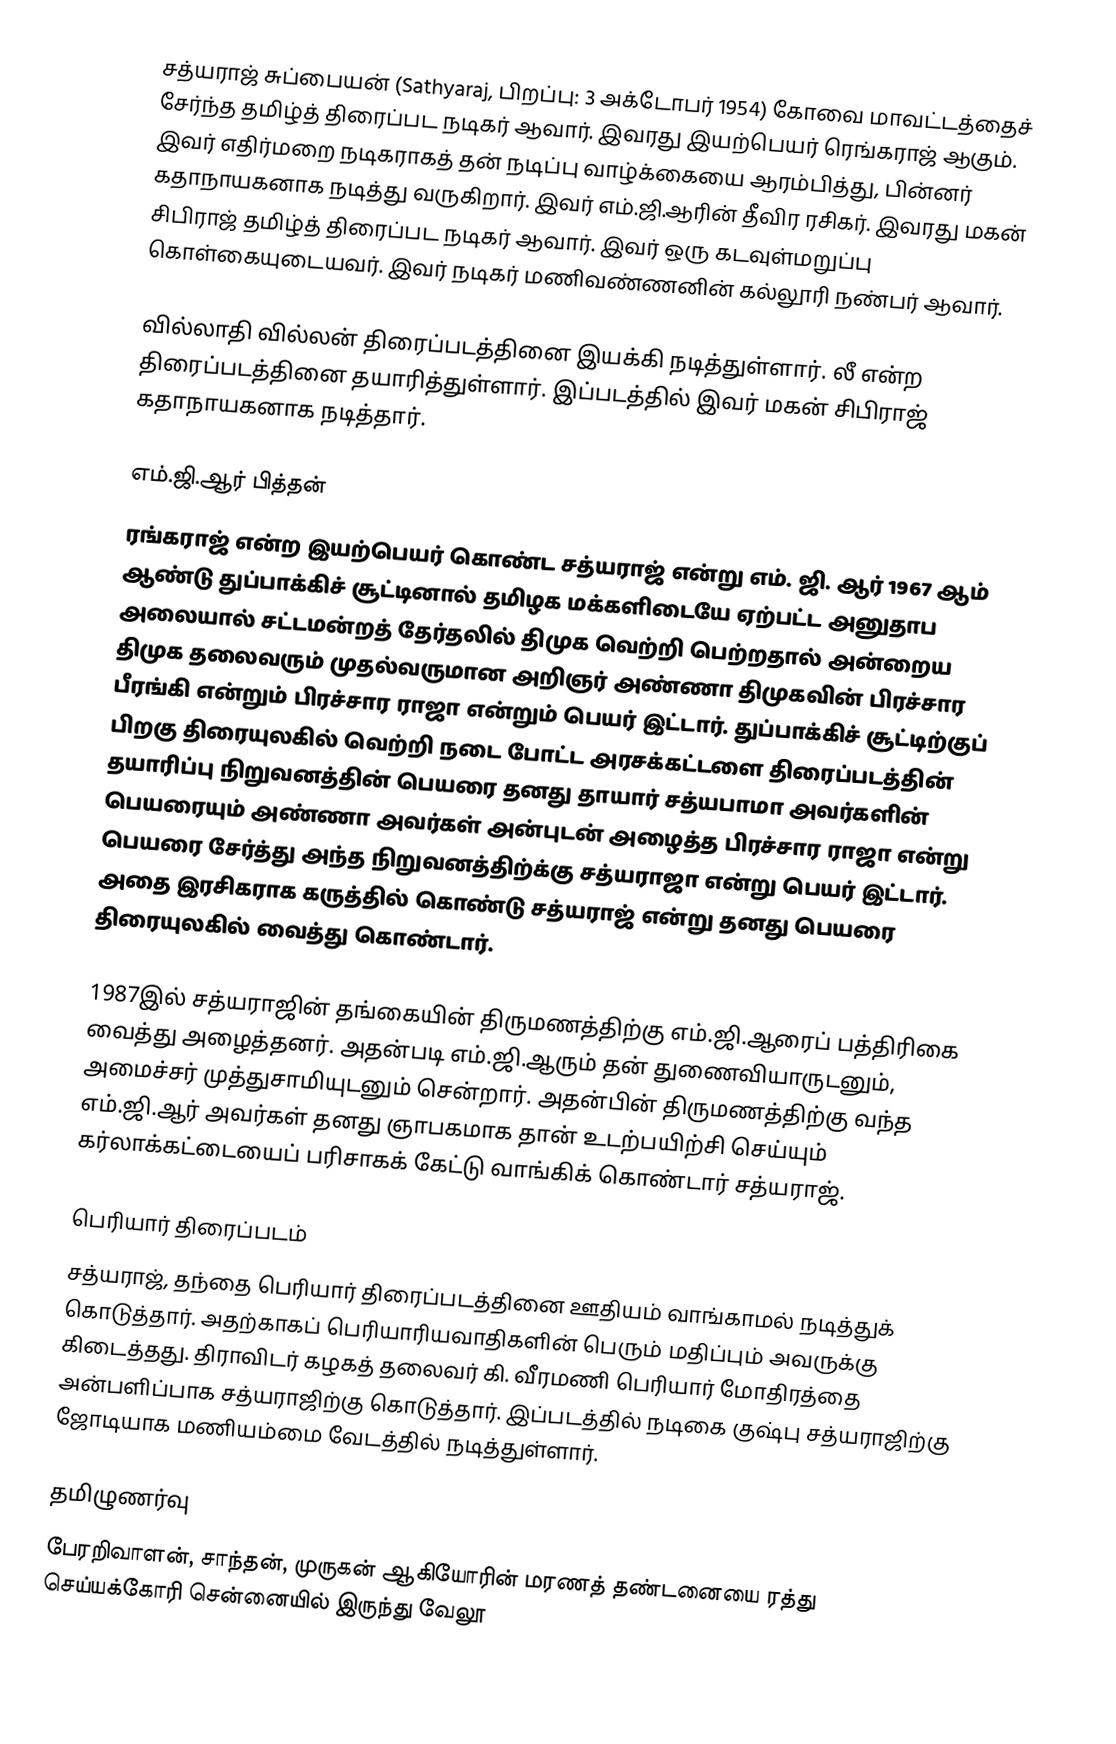
சத்யராஜ் சுப்பையன் (Sathyaraj, பிறப்பு: 3 அக்டோபர் 1954) கோவை மாவட்டத்தைச் சேர்ந்த தமிழ்த் திரைப்பட நடிகர் ஆவார். இவரது இயற்பெயர் ரெங்கராஜ் ஆகும். இவர் எதிர்மறை நடிகராகத் தன் நடிப்பு வாழ்க்கையை ஆரம்பித்து, பின்னர் கதாநாயகனாக நடித்து வருகிறார். இவர் எம்.ஜி.ஆரின் தீவிர ரசிகர். இவரது மகன் சிபிராஜ் தமிழ்த் திரைப்பட நடிகர் ஆவார். இவர் ஒரு கடவுள்மறுப்பு கொள்கையுடையவர். இவர் நடிகர் மணிவண்ணனின் கல்லூரி நண்பர் ஆவார்.

வில்லாதி வில்லன் திரைப்படத்தினை இயக்கி நடித்துள்ளார். லீ என்ற திரைப்படத்தினை தயாரித்துள்ளார். இப்படத்தில் இவர் மகன் சிபிராஜ் கதாநாயகனாக நடித்தார்.

எம்.ஜி.ஆர் பித்தன்
ரங்கராஜ் என்ற இயற்பெயர் கொண்ட சத்யராஜ் என்று எம். ஜி. ஆர் 1967 ஆம் ஆண்டு துப்பாக்கிச் சூட்டினால் தமிழக மக்களிடையே ஏற்பட்ட அனுதாப அலையால் சட்டமன்றத் தேர்தலில் திமுக வெற்றி பெற்றதால் அன்றைய திமுக தலைவரும் முதல்வருமான அறிஞர் அண்ணா திமுகவின் பிரச்சார பீரங்கி என்றும் பிரச்சார ராஜா என்றும் பெயர் இட்டார். துப்பாக்கிச் சூட்டிற்குப் பிறகு திரையுலகில் வெற்றி நடை போட்ட அரசக்கட்டளை திரைப்படத்தின் தயாரிப்பு நிறுவனத்தின் பெயரை தனது தாயார் சத்யபாமா அவர்களின் பெயரையும் அண்ணா அவர்கள் அன்புடன் அழைத்த பிரச்சார ராஜா என்று பெயரை சேர்த்து அந்த நிறுவனத்திற்க்கு சத்யராஜா என்று பெயர் இட்டார். அதை இரசிகராக கருத்தில் கொண்டு சத்யராஜ் என்று தனது பெயரை திரையுலகில் வைத்து கொண்டார்.

1987இல் சத்யராஜின் தங்கையின் திருமணத்திற்கு எம்.ஜி.ஆரைப் பத்திரிகை வைத்து அழைத்தனர். அதன்படி எம்.ஜி.ஆரும் தன் துணைவியாருடனும், அமைச்சர் முத்துசாமியுடனும் சென்றார். அதன்பின் திருமணத்திற்கு வந்த எம்.ஜி.ஆர் அவர்கள் தனது ஞாபகமாக தான் உடற்பயிற்சி செய்யும் கர்லாக்கட்டையைப் பரிசாகக் கேட்டு வாங்கிக் கொண்டார் சத்யராஜ்.

பெரியார் திரைப்படம்
சத்யராஜ், தந்தை பெரியார் திரைப்படத்தினை ஊதியம் வாங்காமல் நடித்துக் கொடுத்தார். அதற்காகப் பெரியாரியவாதிகளின்  பெரும் மதிப்பும் அவருக்கு கிடைத்தது. திராவிடர் கழகத் தலைவர் கி. வீரமணி பெரியார் மோதிரத்தை அன்பளிப்பாக சத்யராஜிற்கு கொடுத்தார். இப்படத்தில் நடிகை குஷ்பு சத்யராஜிற்கு ஜோடியாக மணியம்மை வேடத்தில் நடித்துள்ளார்.

தமிழுணர்வு
பேரறிவாளன், சாந்தன், முருகன் ஆகியோரின் மரணத் தண்டனையை ரத்து செய்யக்கோரி சென்னையில் இருந்து வேலூ